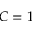
C = 1